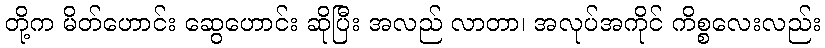
တို့က မိတ်ဟောင်း ဆွေဟောင်း ဆိုပြီး အလည် လာတာ၊ အလုပ်အကိုင် ကိစ္စလေးလည်း